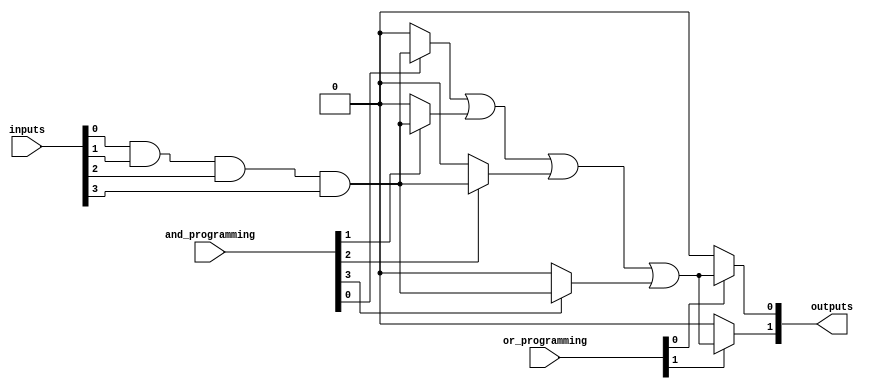
module PLA #(
    parameter NUM_INPUTS = 4,        // Number of inputs
    parameter NUM_AND_GATES = 4,     // Number of AND gates
    parameter NUM_OR_GATES = 2        // Number of OR gates
)(
    input wire [NUM_INPUTS-1:0] inputs, // Input lines
    input wire [NUM_AND_GATES-1:0] and_programming, // AND array programming (fuses)
    input wire [NUM_OR_GATES-1:0] or_programming,   // OR array programming (fuses)
    output wire [NUM_OR_GATES-1:0] outputs // Output lines
);

    // Intermediate product terms from AND gates
    wire [NUM_AND_GATES-1:0] product_terms;

    // AND array implementation
    genvar i, j;
    generate
        for (i = 0; i < NUM_AND_GATES; i = i + 1) begin : and_array
            assign product_terms[i] = (and_programming[i] == 1'b1) ? 
                (inputs[0] & inputs[1] & inputs[2] & inputs[3]) : 1'b0; // Example logic
        end
    endgenerate

    // OR array implementation
    generate
        for (j = 0; j < NUM_OR_GATES; j = j + 1) begin : or_array
            assign outputs[j] = (or_programming[j] == 1'b1) ? 
                (product_terms[0] | product_terms[1] | product_terms[2] | product_terms[3]) : 1'b0; // Example logic
        end
    endgenerate

endmodule